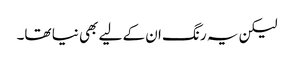
لیکن یہ رنگ ان کے لیے بھی نیا تھا۔